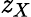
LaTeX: \mathit{z}_{X}